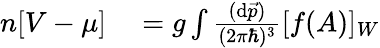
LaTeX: \begin{array}{rl}{n[V-\mu]}&{{}=g\int\frac{(\mathrm{d}\vec{p})}{(2\pi\hbar)^{3}}[f(A)]_{W}}\end{array}